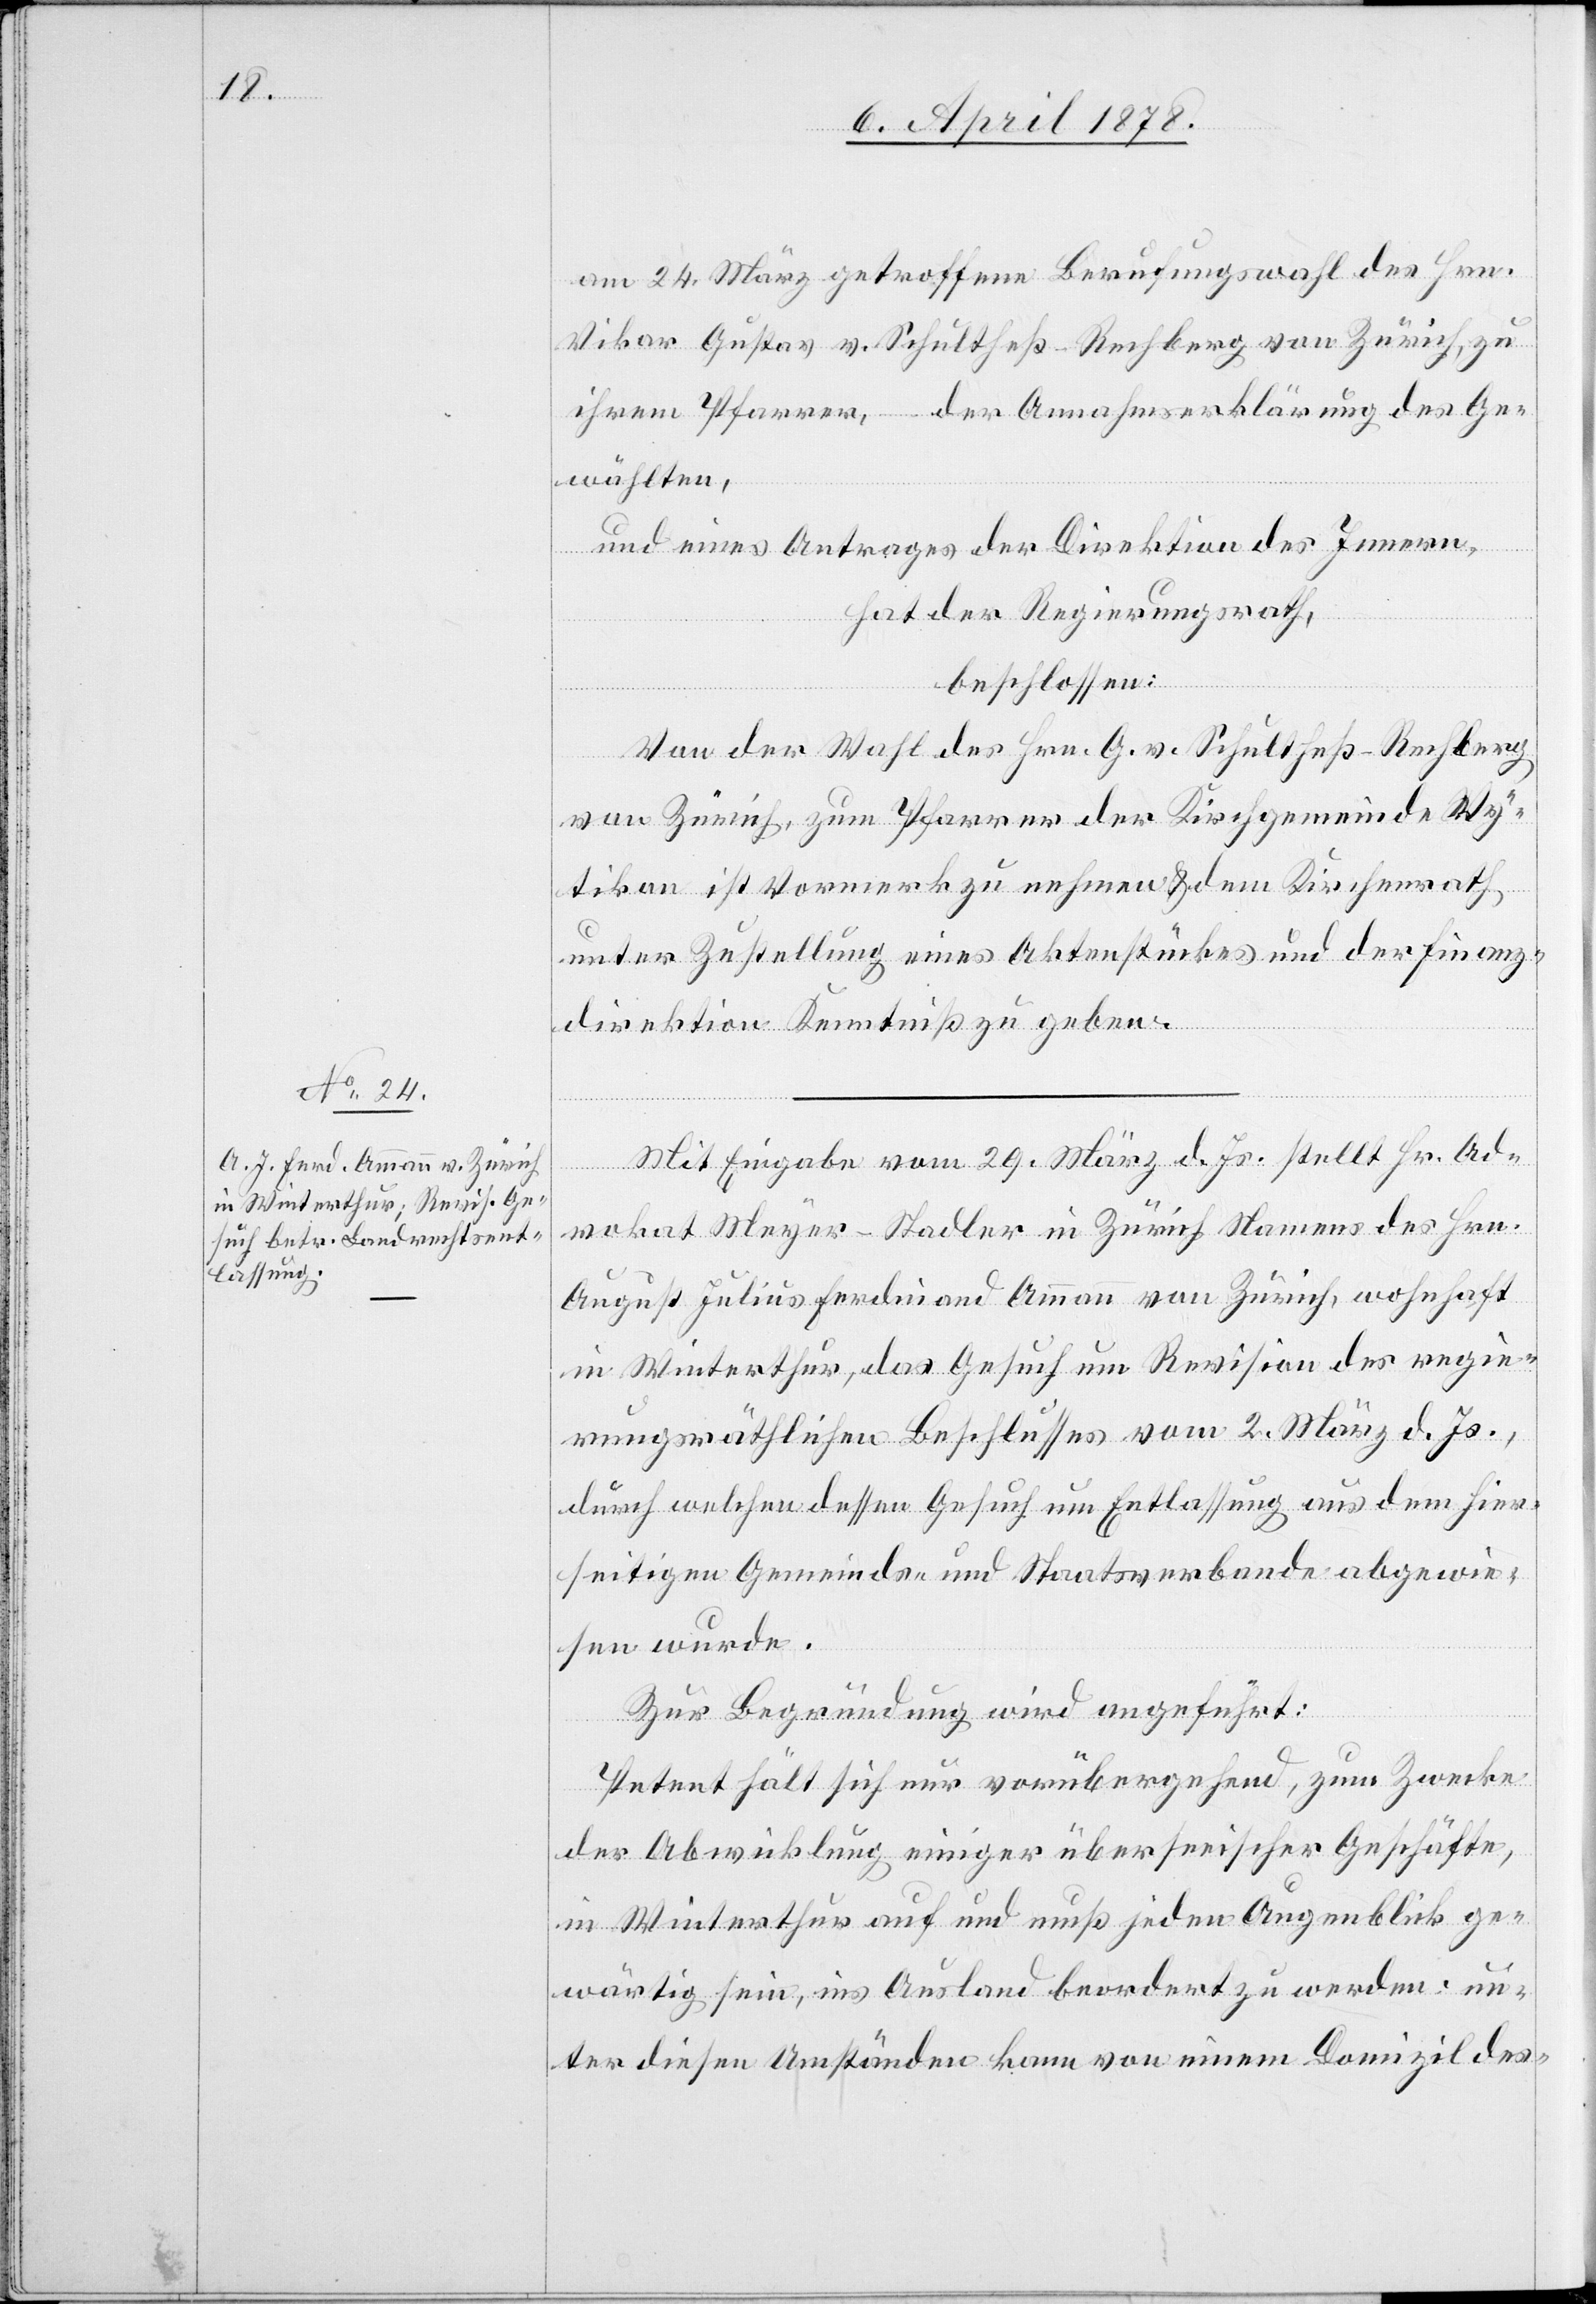
am 24. März getroffene Berufungswahl des Hrn.
Vikar Gustav v. Schultheß-Rechberg von Zürich, zu
ihrem Pfarrer, der Annahmeerklärung des Ge¬
wählten,
und eines Antrages der Direktion des Innern,
hat der Regierungsrath,
beschlossen:
Von der Wahl des Hrn. G. v. Schultheß-Rechberg
von Zürich, zum Pfarrer der Kirchgemeinde Wy¬
tikon ist Vormerk zu nehmen & dem Kirchenrath
unter Zustellung eines Aktenstückes und der Finanz¬
direktion Kenntniß zu geben.
Mit Eingabe vom 29. März d. Js. stellt Hr. Ad¬
vokat Meyer-Stadler in Zürich Namens des Hrn.
August Julius Ferdinand Ammann von Zürich, wohnhaft
in Winterthur, das Gesuch um Revision des regie¬
rungsräthlichen Beschlusses vom 2. März d. Js.,
durch welchen dessen Gesuch um Entlassung aus dem hier¬
seitigen Gemeinds- und Staatsverbande abgewie¬
sen wurde.
Zur Begründung wird angeführt:
Petent hält sich nur vorübergehend, zum Zwecke
der Abwicklung einiger überseeischer Geschäfte,
in Winterthur auf und muß jeden Augenblick ge¬
wärtig sein, ins Ausland beordert zu werden; un¬
ter diesen Umständen kann von einem Domizil des-